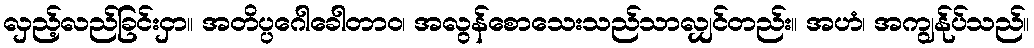
လှည့်လည်ခြင်းငှာ။ အတိပ္ပဂေါခေါတာဝ၊ အလွန်စောသေးသည်သာလျှင်တည်း။ အဟံ၊ အကျွန်ုပ်သည်။